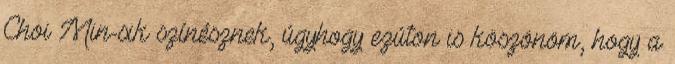
Choi Min-sik színésznek, úgyhogy ezúton is köszönöm, hogy a